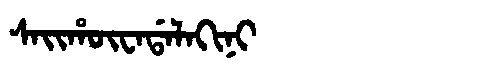
Manchu: ᠰᠠᡳᡥᡡᠸᠠᡩᠠᠯᠠᡴᡳᠨᡳ
Romanization: SAIHŪWADALAKINI